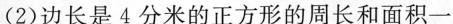
(2)边长是4分米的正方形的周长和面积一